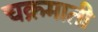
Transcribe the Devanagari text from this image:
चक्रमाती